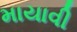
માયાવી